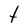
Character: t